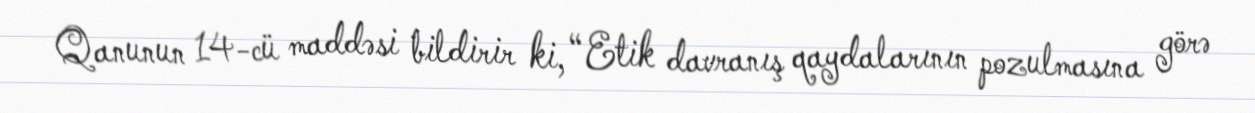
Qanunun 14-cü maddəsi bildirir ki, “Etik davranış qaydalarının pozulmasına görə